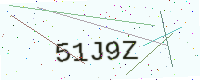
Text: 51J9Z